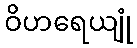
ဝိဟရေယျုံ